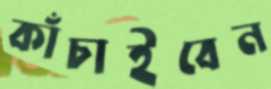
কাঁচাইবেন